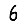
Digit: 6